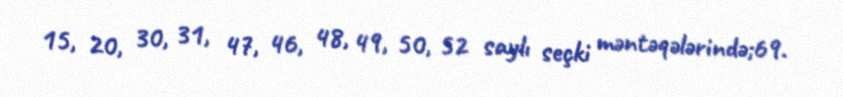
15, 20, 30, 31, 47, 46, 48, 49, 50, 52 saylı seçki məntəqələrində;69.